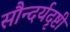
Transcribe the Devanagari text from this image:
सौन्दर्यदृष्टी